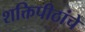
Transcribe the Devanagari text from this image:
शक्तिपीठांचे